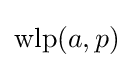
\operatorname {wlp} (a,p)\,\!